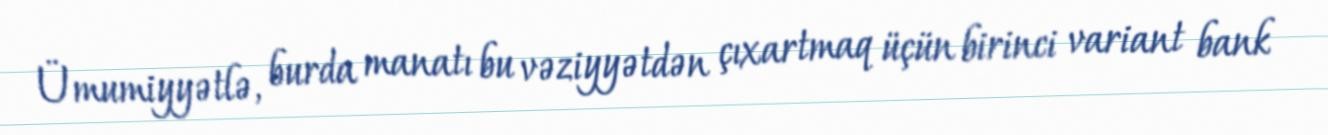
Ümumiyyətlə, burda manatı bu vəziyyətdən çıxartmaq üçün birinci variant bank